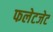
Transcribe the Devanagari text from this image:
फलेटजेट